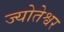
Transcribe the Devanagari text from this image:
ज्योतेश्वर